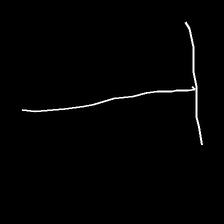
Glyph: column